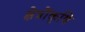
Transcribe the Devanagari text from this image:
क्षेत्रोंकृषि